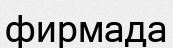
фирмада